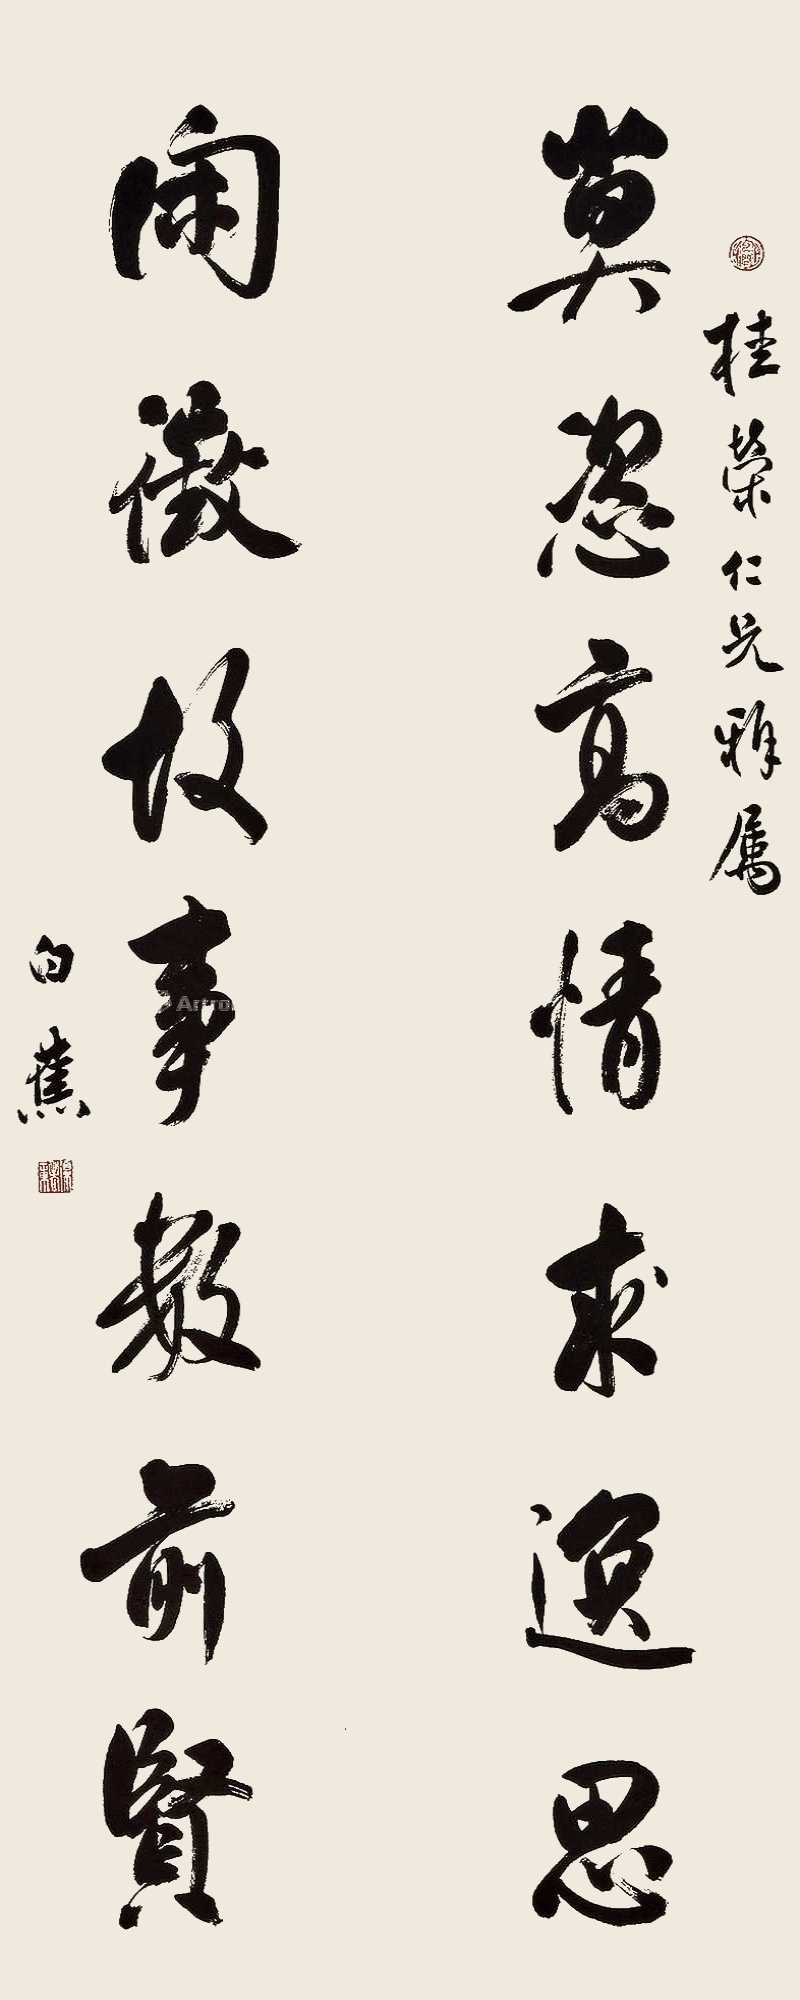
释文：莫恣高情求逸思，闲征故事数前贤。桂荣仁兄雅属，白蕉。